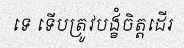
ទេ ទើបត្រូវបង្ខំចិត្តដើរ